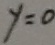
y = 0